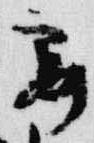
霞